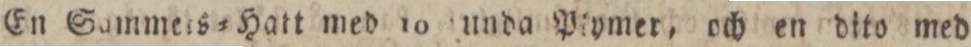
En Sammels=Hatt med 10 unda Ptymer, och en dito med